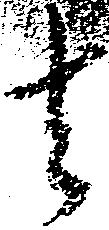
者